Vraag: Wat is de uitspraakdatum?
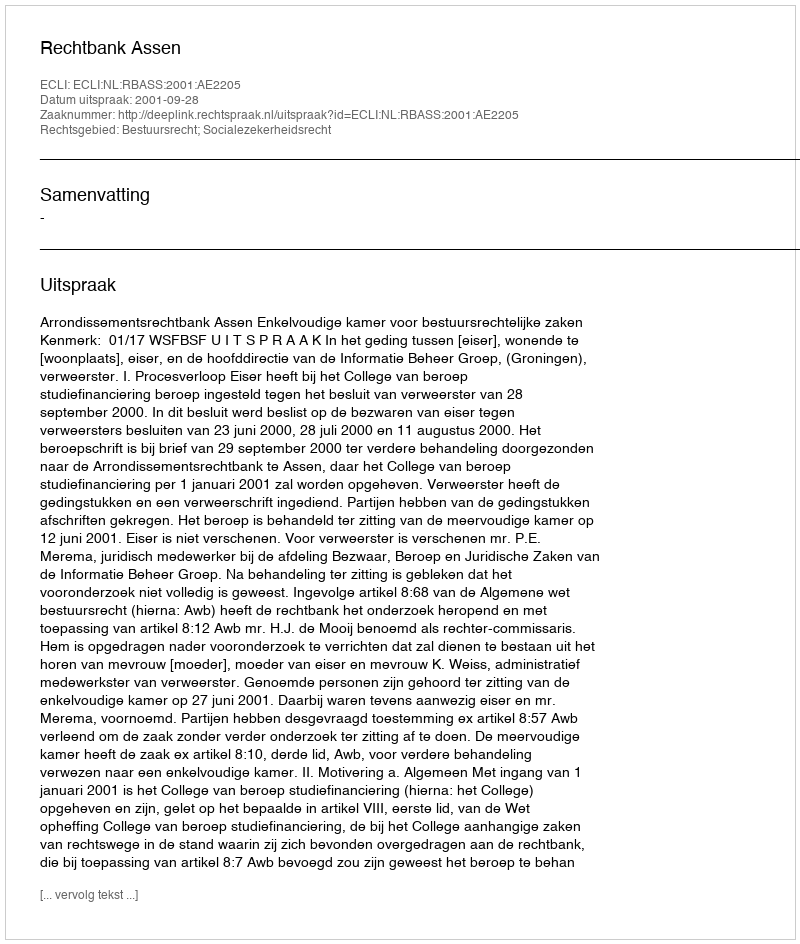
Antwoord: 2001-09-28